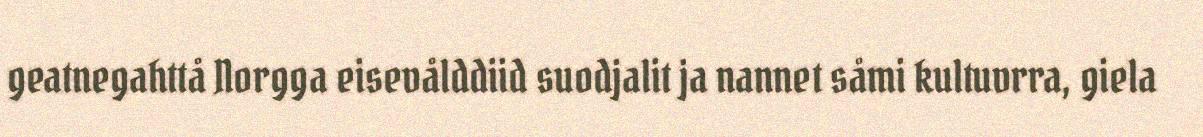
geatnegahttå Norgga eisevålddiid suodjalit ja nannet såmi kultuvrra, giela